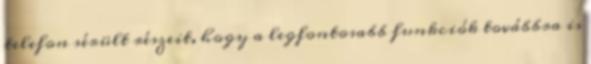
telefon sérült részeit, hogy a legfontosabb funkciók továbbra is